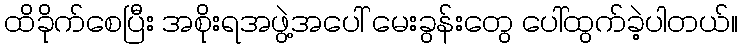
ထိခိုက်စေပြီး အစိုးရအဖွဲ့အပေါ် မေးခွန်းတွေ ပေါ်ထွက်ခဲ့ပါတယ်။